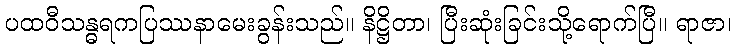
ပထဝီသန္ဓရကပြဿနာမေးခွန်းသည်။ နိဋ္ဌိတာ၊ ပြီးဆုံးခြင်းသို့ရောက်ပြီ။ ရာဇာ၊